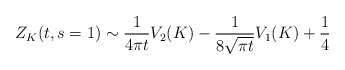
\begin{align*}Z_{K}(t,s=1)\sim \frac{1}{4\pi t}V_2(K)-\frac{1}{8\sqrt{\pi t}}V_1(K)+\frac{1}{4}\end{align*}